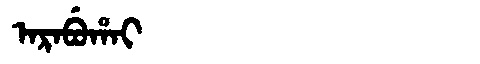
Manchu: ᠠᡵᠠᠪᡠᡥᠠᡳ
Romanization: ARABUHAI